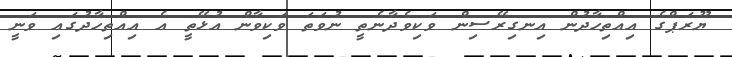
ޔޫރަޕްގެ އިއްތިހާދުން އިނގިރޭސިން ވަކިވެދާނެތީ ނުވަތަ ވަކިވާން އުޅޭތީ އެ އިއްތިހާދުގައި ވަނީ